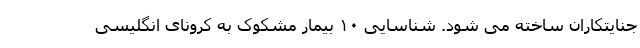
جنایتکاران ساخته می شود. شناسایی ۱۰ بیمار مشکوک به کرونای انگلیسی